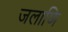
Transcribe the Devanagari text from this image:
जलाणि